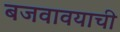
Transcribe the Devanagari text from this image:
बजवावयाची